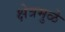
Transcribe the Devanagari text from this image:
क्षेत्रमुळे